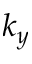
k _ { y }